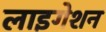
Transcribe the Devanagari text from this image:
लाइगेशन